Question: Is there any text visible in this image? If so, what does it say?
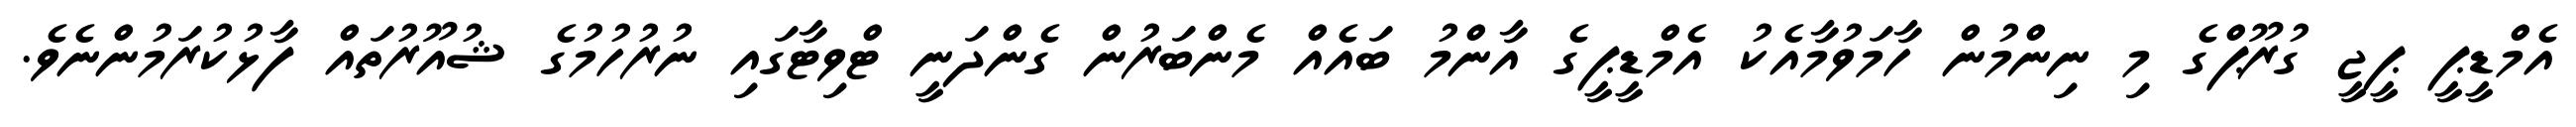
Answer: އެމްޑީޕީ ޕީޖީ ގުރޫޕްގެ މި ނިންމުން ހާމަވުމާއެކު އެމްޑީޕީގެ އާންމު ބައެއް މެންބަރުން ގެންދަނީ ޓްވިޓާގައި ނުރުހުމުގެ ޝުއޫރުތައް ފާޅުކުރަމުންނެވެ.